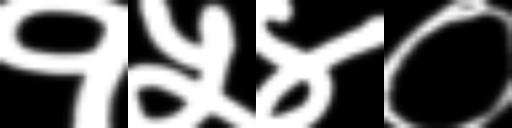
Text: १५४०